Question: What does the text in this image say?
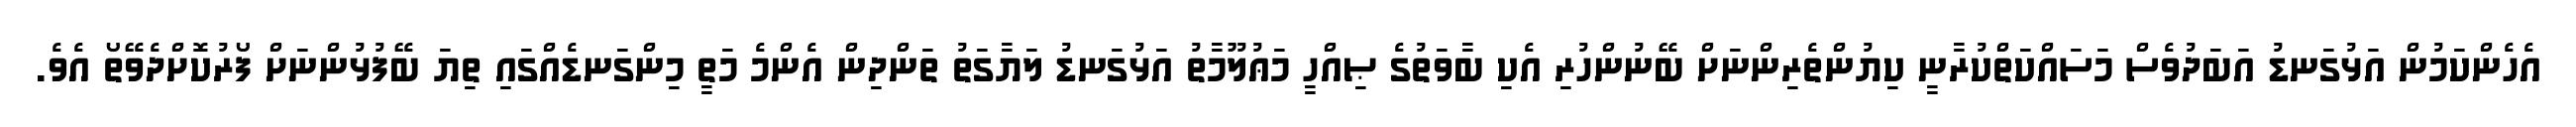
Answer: އެހެންކަމުން އަޅުގަނޑު އަބަދުވެސް މަސައްކަތްކުރާނީ ކިޔުންތެރިންނަށް ބޭނުންހުރި އެކި ބާވަތުގެ ޞިއްހީ މަޢުލޫމާތު އަޅުގަނޑު ލަޔާގަތު ތަންދިން އެންމެ މަތީ މިންގަނޑެއްގައި ތިޔަ ބޭފުޅުންނަށް ފޯރުކޮށްދެވޭތޯ އެވެ.